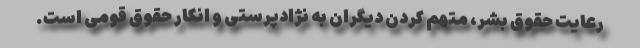
رعایت حقوق بشر، متهم کردن دیگران به نژادپرستی و انکار حقوق قومی است.